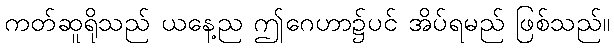
ကတ်ဆူရိုသည် ယနေ့ည ဤဂေဟာ၌ပင် အိပ်ရမည် ဖြစ်သည်။